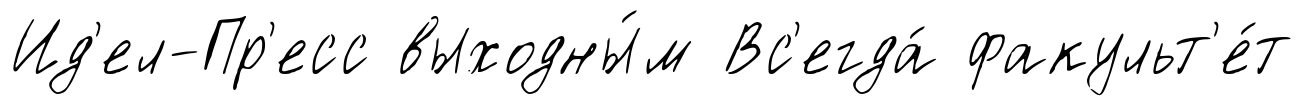
Ид'ел-Пр'есс выходны́м Вс'егда́ факульт'е́т